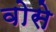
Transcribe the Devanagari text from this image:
वोसे